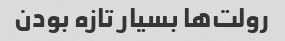
رولت‌ها بسیار تازه بودن